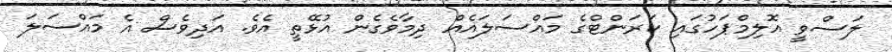
ލަސްވީ އޮލިމްޕަހުގައި ކަރަންޓްގެ މައްސަލައެއް ދިމާވެގެން އުޅޭތީ އެވެ. އަދިވެސް އެ މައްސަލަ